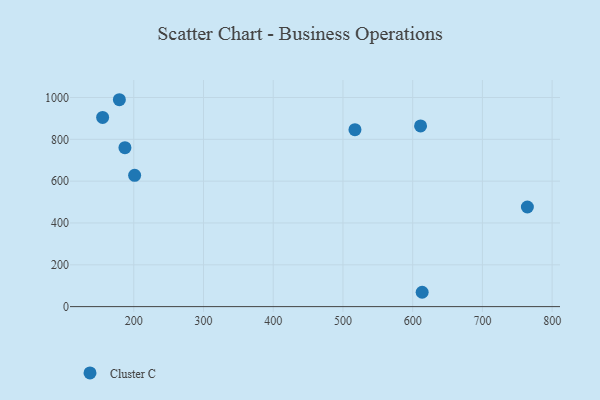
{"axis": {"x": "Price", "y": "Rating"}, "legend": ["Cluster C"], "data": [{"x": "187.3", "y": 760.3, "type": "Cluster C"}, {"x": "155.3", "y": 904.8, "type": "Cluster C"}, {"x": "517.2", "y": 846.4, "type": "Cluster C"}, {"x": "764.5", "y": 476.4, "type": "Cluster C"}, {"x": "613.6", "y": 68.6, "type": "Cluster C"}, {"x": "201.2", "y": 627.9, "type": "Cluster C"}, {"x": "179.3", "y": 989.4, "type": "Cluster C"}, {"x": "611.3", "y": 864.2, "type": "Cluster C"}]}